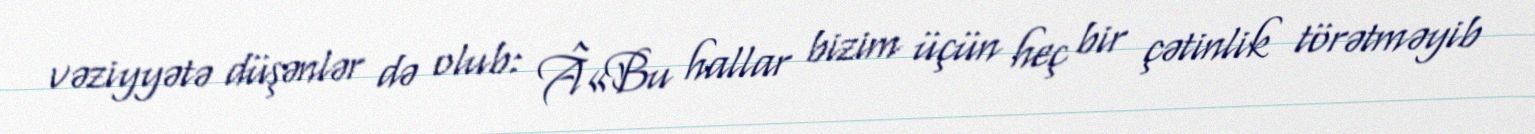
vəziyyətə düşənlər də olub: Â«Bu hallar bizim üçün heç bir çətinlik törətməyib